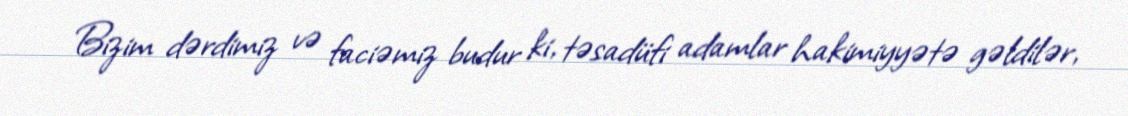
Bizim dərdimiz və faciəmiz budur ki, təsadüfi adamlar hakimiyyətə gəldilər,